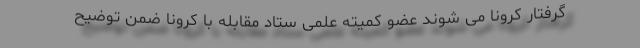
گرفتار کرونا می شوند عضو کمیته علمی ستاد مقابله با کرونا ضمن توضیح